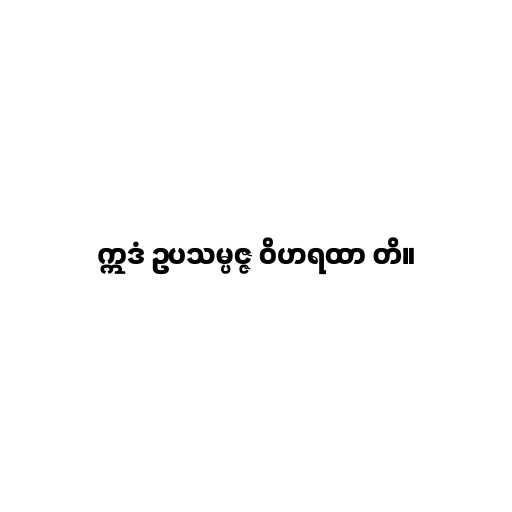
ဣဒံ ဥပသမ္ပဇ္ဇ ဝိဟရထာ တိ။